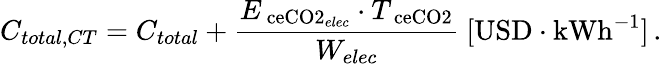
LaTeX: C_{total,CT}=C_{total}+\frac{{E_{\mathrm{\ ce{CO2}}_{elec}}\cdot T_{\mathrm{\ ce{CO2}}}}}{W_{elec}}\ [\mathrm{USD}\cdot\mathrm{kWh}^{-1}]\, .